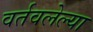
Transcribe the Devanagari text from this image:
वर्तवलेल्या